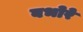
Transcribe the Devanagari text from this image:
बभोरे